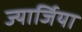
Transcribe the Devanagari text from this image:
ज्यार्जिया